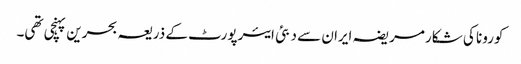
کورونا کی شکار مریضہ ایران سے دبئی ایئرپورٹ کے ذریعہ بحرین پہنچی تھی۔